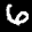
Label: 6